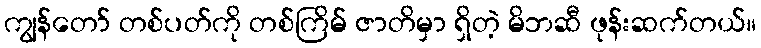
ကျွန်တော် တစ်ပတ်ကို တစ်ကြိမ် ဇာတိမှာ ရှိတဲ့ မိဘဆီ ဖုန်းဆက်တယ်။